Vaccination report Assam 1874-1896 - 1874-1896
Year: 1874
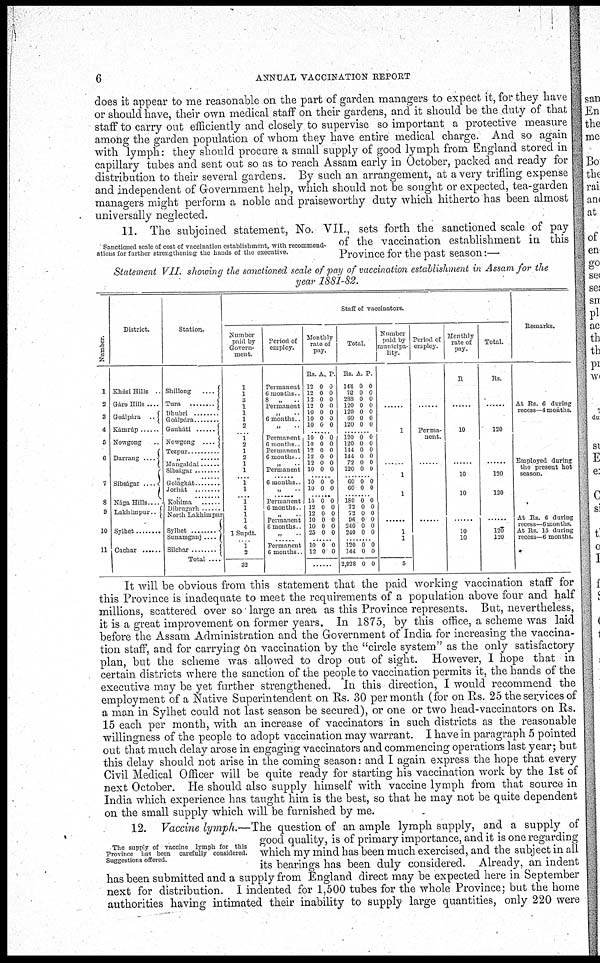
6
ANNUAL VACCINATION REPORT
does it appear to me reasonable on the part of garden managers to expect it, for they have
or should have, their own medical staff on their gardens, and it should be the duty of that
staff to carry out efficiently and closely to supervise so important a protective measure
among the garden population of whom they have entire medical charge. And so again
with lymph: they should procure a small supply of good lymph from England stored in
capillary tubes and sent out so as to reach Assam early in October, packed and ready for
distribution to their several gardens. By such an arrangement, at a very trifling expense
and independent of Government help, which should not be sought or expected, tea-garden
managers might perform a noble and praiseworthy duty which hitherto has been almost
universally neglected.
Sanctioned scale of cost of vaccination establishment, with recommend-
ations for further strengthening the hands of the executive.
11. The subjoined statement, No. VII., sets forth the sanctioned scale of pay
of the vaccination establishment in this
Province for the past season:—
Statement VII. showing the sanctioned scale of pay of vaccination establishment in Assam for the
year 1881-82.
Number.
1
2
3
4
5
6
7
8
9
10
11
District.
Khási Hills .
Gáro Hills ....
Goálpára
..
Kámrúp ........
Nowgong ...
Darrang ....
Sibságar ....
Nága Hills...
Lakhimpur.
Sylhet ..................
Cachar ......
Station.
Shillong
....
Tura ............
Dhubri ........
Goálpára ........
Gauhat i . . . .
Nowgong ....
Tezpur .........
„ ......
Mangaldai ......
Sibsagar ......
„
....
Golágar ............
Jorhát
„ ......
Kohima
Dibrugarh
....
North Lakhimpur
Sylhet ............
Sunamganj ....
Silchar ........
Total ....
Staff of vaccinators.
Number
paid by
Govern-
ment
1
1
3
1
1
1
2
....
1
2
1
2
1
1
...... 1
1
...... 1
1
1
1
4
1 Supdt.
1
2
32
Period of
employ.
Permanent
6 months
8
„ .
Permanent
„
.
6 months
„
Permanent
6 months .
Permanent
6 months .
„ ..
Permanent
......
6 months .
„
...... Permanent
6 months
„
..
Permanent
6 months
„
.
.... Permanent
6 months..
Monthly
rate of
pay.
Rs.
12
12
12
12
10
10
10
A.
0
0
0 0
0
0
0
P.
0
0
0
0
0
0
0
......
10
10
12
12
12
10
0
0
0
0
0
0
0
0
0
0
0
0
...... 10
10 0
0 0 0
......
15
12
12
10
10
25
0
0
0
0
0
0
0
0
0
0
0
0
.... 10
12
0
0
0
0
........
Total.
Rs
144
72
288
120
120
60
120
A.
0
0
0 0
0
0
0
P.
0
0
0 0
0
0
0
......
120
120
144
144
72
120
0
0
0
0
0
0
0
0
0
0
0
0
...... 60
60 0 0 0 0
...... 180
72
72
96
240
240
0
0
0
0
0
0
0
0
0
0
0
0
.... 120
141
2,928
0
0
0
0
0
0
Number
paid by
municipa-
lity.
........
1
......
1
1
........
1
1
5
Period of
employ.
........
Perma-
nent.
......
........
Monthly
rate of
pay.
R
........
10
......
10
10
........
10
10
Total
Rs.
........
120
......
120
120
........
120
120
Remarks.
At Rs. 6 during
recess—4 months.
Employed during
the present hot
season.
At Rs. 6 during
recess—6 months.
At Rs. 15 during
recess—6 months.
It will be obvious from this statement that the paid working vaccination staff for
this Province is inadequate to meet the requirements of a population above four and half
millions, scattered over so large an area as this Province represents. But, nevertheless,
it is a great improvement on former years. In 1875, by this office, a scheme was laid
before the Assam Administration and the Government of India for increasing the vaccina¬
tion staff, and for carrying on vaccination by the "circle system" as the only satisfactory
plan, but the scheme was allowed to drop out of sight. However, I hope that in
certain districts where the sanction of the people to vaccination permits it, the hands of the
executive may be yet further strengthened. In this direction, I would recommend the
employment of a Native Superintendent on Rs. 30 per month (for on Rs. 25 the services of
a man in Sylhet could not last season be secured), or one or two head-vaccinators on Rs.
15 each per month, with an increase of vaccinators in such districts as the reasonable
willingness of the people to adopt vaccination may warrant. I have in paragraph 5 pointed
out that much delay arose in engaging vaccinators and commencing operations last year; but
this delay should not arise in the coming season: and I again express the hope that every
Civil Medical Officer will be quite ready for starting his vaccination work by the 1st of
next October. He should also supply himself with vaccine lymph from that source in
India which experience has taught him is the best, so that he may not be quite dependent
on the small supply which will be furnished by me.
The supply of vaccine lymph for this
Province has been carefully considered.
Suggestions offered.
12. Vaccine lymph.—The question of an ample lymph supply, and a supply of
good quality, is of primary importance, and it is one regarding
which my mind has been much exercised, and the subject in all
its bearings has been duly considered. Already, an indent
has been submitted and a supply from England direct may be expected here in September
next for distribution. I indented for 1,500 tubes for the whole Province; but the home
authorities having intimated their inability to supply large quantities, only 220 were